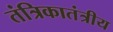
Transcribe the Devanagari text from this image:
तंत्रिकातंत्रीय